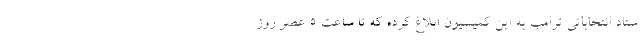
ستاد انتخاباتی ترامپ به این کمیسیون ابلاغ کرده که تا ساعت ۵ عصر روز